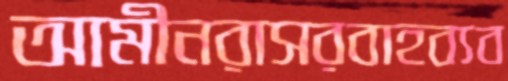
আমীনরাসরবাহব্যব